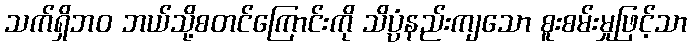
သက်ရှိဘဝ ဘယ်သို့စတင်ကြောင်းကို သိပ္ပံနည်းကျသော စူးစမ်းမှုဖြင့်သာ